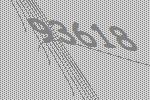
93618